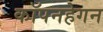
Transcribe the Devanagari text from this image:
कॉपनहेगन